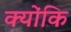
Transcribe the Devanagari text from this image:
क्योंकि